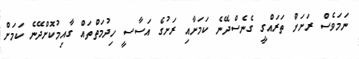
ނަމަވެސް ރަށަށް ތަރައްގީ ގެނެސްދޭނެ ކަމަށާއި ރަށުގެ އަސާސީ ހިދުމަތްތައް ގާއިމުކޮށްދޭނެ ކަމަށް